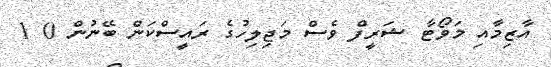
އާޒިމާއި މަވޯޓާ ޝަރީފް ވެސް މަޖިލިހުގެ ރައީސްކަން ބޭނުން 0 1